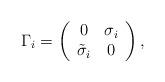
LaTeX: \begin{align*}\Gamma_i=\left(\begin{array}{cc}0 & \sigma_i \\{\tilde\sigma}_i& 0\end{array}\right),\end{align*}